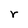
Character: r